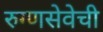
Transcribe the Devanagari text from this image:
रुग्णसेवेची